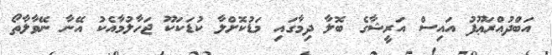
އަބްދުއްރަޢޫފު އައިސް އަރީޝާގެ ބޮލާ ދިމާގައި މަޑުކޮށްލާ ކުޑަކަކޫ ޖަހާލުމާއެކު އޭނާ ނޭވާލާތޯ